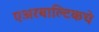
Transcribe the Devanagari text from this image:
एअरबाल्टिकचे